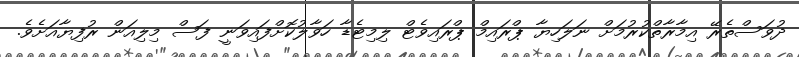
ދުވަސްތެރޭ އިމާރާތްކުރުމަށް ނަލަހިޔާ ޕްރައިމް ޕްރައިވެޓް ލިމިޓެޑާ ހަވާލުކޮށްފައިވަނީ ފަސް މިލިއަން ރުފިޔާއަށެވެ.